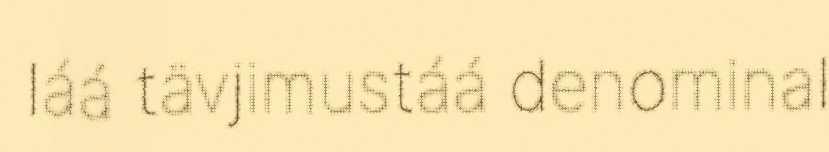
láá tävjimustáá denominal